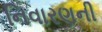
નિવારણની